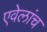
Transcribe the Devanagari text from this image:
एवेलांच